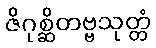
ဇိဂုစ္ဆိတဗ္ဗသုတ္တံ